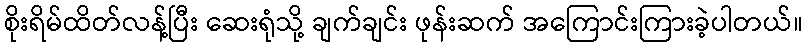
စိုးရိမ်ထိတ်လန့်ပြီး ဆေးရုံသို့ ချက်ချင်း ဖုန်းဆက် အကြောင်းကြားခဲ့ပါတယ်။